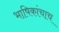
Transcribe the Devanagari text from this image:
भाषिकांचाच